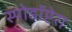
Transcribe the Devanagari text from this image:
स्पोडॉप्टेरा